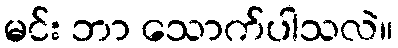
မင်း ဘာ သောက်ပါသလဲ။